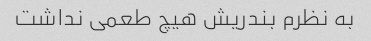
به نظرم بندریش هیچ طعمی نداشت